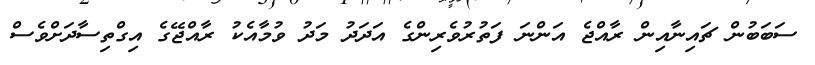
ސަބަބުން ޗައިނާއިން ރާއްޖެ އަންނަ ފަތުރުވެރިންގެ އަދަދު މަދު ވުމާއެކު ރާއްޖޭގެ އިގްތިސާދަށްވެސް